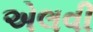
એલવી